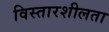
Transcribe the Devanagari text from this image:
विस्तारशीलता